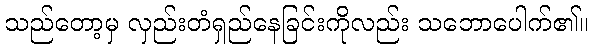
သည်တော့မှ လှည်းတံရှည်နေခြင်းကိုလည်း သဘောပေါက်၏။